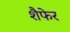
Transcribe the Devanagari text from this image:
शैफेर